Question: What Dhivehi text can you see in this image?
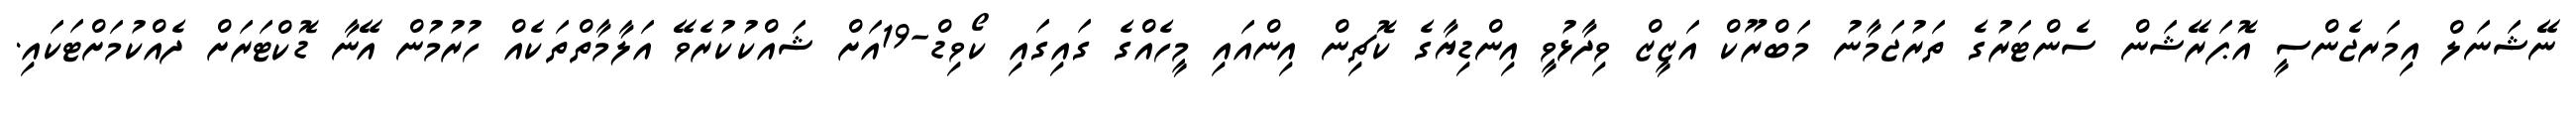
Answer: ނޭޝަނަލް އިމަރޖެންސީ އޮޕަރޭޝަން ސެންޓަރުގެ ތަރުޖަމާނު މަބްރޫކް އަޒީޒް ވިދާޅުވީ އިންޑިޔާގެ ކޮޗިން އިންއައި މީހެއްގެ ގައިގައި ކޯވިޑް-19އަށް ޝައްކުކުރެވޭ އަލާމާތްތަކެއް ހުރުމުން އޭނާ ޑޮކްޓަރަށް ދެއްކުމަށްޓަކައި.